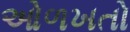
ઓળખતો